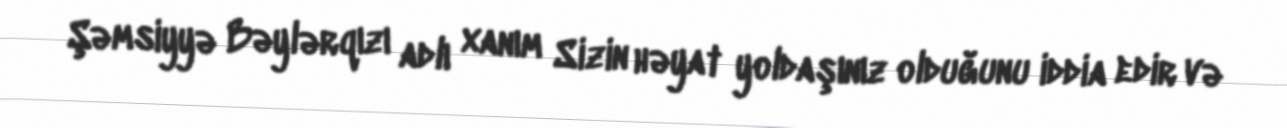
Şəmsiyyə Bəylərqızı adlı xanım Sizin həyat yoldaşınız olduğunu iddia edir və